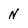
Character: N